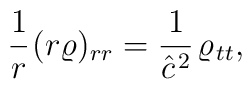
\frac 1{r}{\kern 0.7pt}(r\varrho)_{rr}=\frac 1{\hat c^{{\kern 1pt}2}}{\kern 1pt}\varrho_{{\kern 1pt} tt},